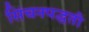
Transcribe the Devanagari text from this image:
सिंचनपद्धती